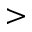
>